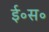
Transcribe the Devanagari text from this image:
ई॰स॰